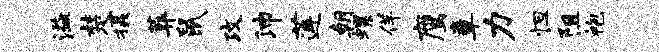
溢楚摄葬鼠攻沛莲朝螺佯鹰章力怛阻袍